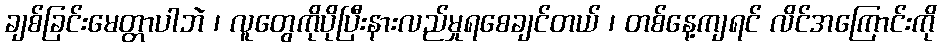
ချစ်ခြင်းမေတ္တာပါဘဲ ၊ လူတွေကိုပိုပြီးနားလည်မှုရစေချင်တယ် ၊ တစ်နေ့ကျရင် လိင်အကြောင်းကို